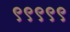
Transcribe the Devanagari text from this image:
९९९९९